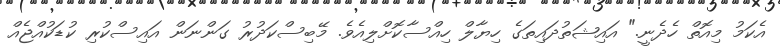
އެކަމު މިއޮތް ހެދެނީ." އައިޝަތުދައިތަގެ ހިޔާލް ހިއްސާކޮށްލިއެވެ. މޭބިސްކަދުރު ގަންނަން އައިސްކުރި ކުޑަކުއްޖެއް